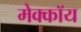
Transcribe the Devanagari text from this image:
मेक्कॉय